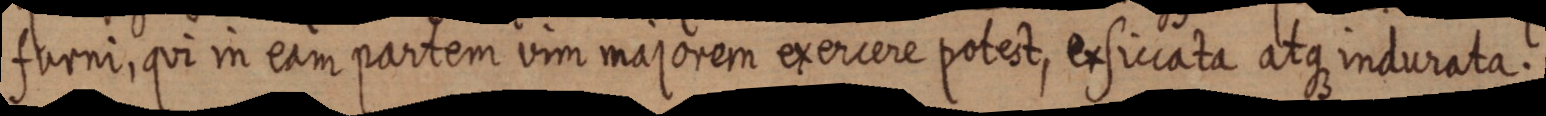
farni, qui in eam partem vim majorem exercere potest, exsiccata atqe indurata.